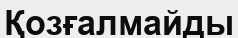
Қозғалмайды